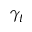
\gamma _ { t }